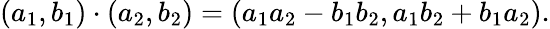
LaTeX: (a_{1},b_{1})\cdot(a_{2},b_{2})=(a_{1}a_{2}-b_{1}b_{2},a_{1}b_{2}+b_{1}a_{2}).